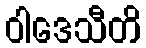
ဝါဒေသီတိ